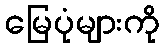
မြေပုံများကို